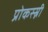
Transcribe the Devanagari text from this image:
प्रोकस्स्नी